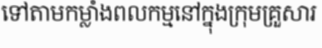
ទៅតាមកម្លាំងពលកម្មនៅក្នុងក្រុមគ្រួសារ